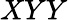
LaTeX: XYY